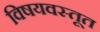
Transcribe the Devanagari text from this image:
विषयवस्तूत